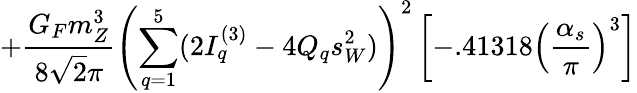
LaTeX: +\frac{G_{F}m_{Z}^{3}}{8\sqrt{2}\pi}\left(\sum_{q=1}^{5}(2I_{q}^{(3)}-4Q_{q}s_{W}^{2})\right)^{2}\left[-.41318\left(\frac{\alpha_{s}}{\pi}\right)^{3}\right]